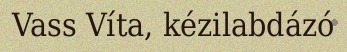
Vass Víta, kézilabdázó